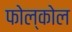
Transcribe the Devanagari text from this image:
फोल्कोल